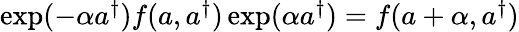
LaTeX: \begin{array}{r}{\exp(-\alpha a^{\dagger})f(a,a^{\dagger})\exp(\alpha a^{\dagger})=f(a+\alpha,a^{\dagger})}\end{array}